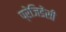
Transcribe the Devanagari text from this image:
प्रेजिडेंसी